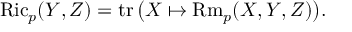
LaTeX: \operatorname { R i c } _ { p } ( Y , Z ) = \operatorname { t r } { \big ( } X \mapsto \operatorname { R m } _ { p } ( X , Y , Z ) { \big ) } .